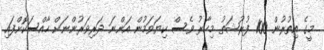
މީގެ އިތުރުން 100 ފުރުޝަތު މިހާރު ވެސް ކިޔަވަމުން އަންނަ ދަރިވަރުންނަށް ހާއްސަކޮށްފައި